Senior Leaving Certificate Examination (including Day School Certificate (Higher) General paper), 1949
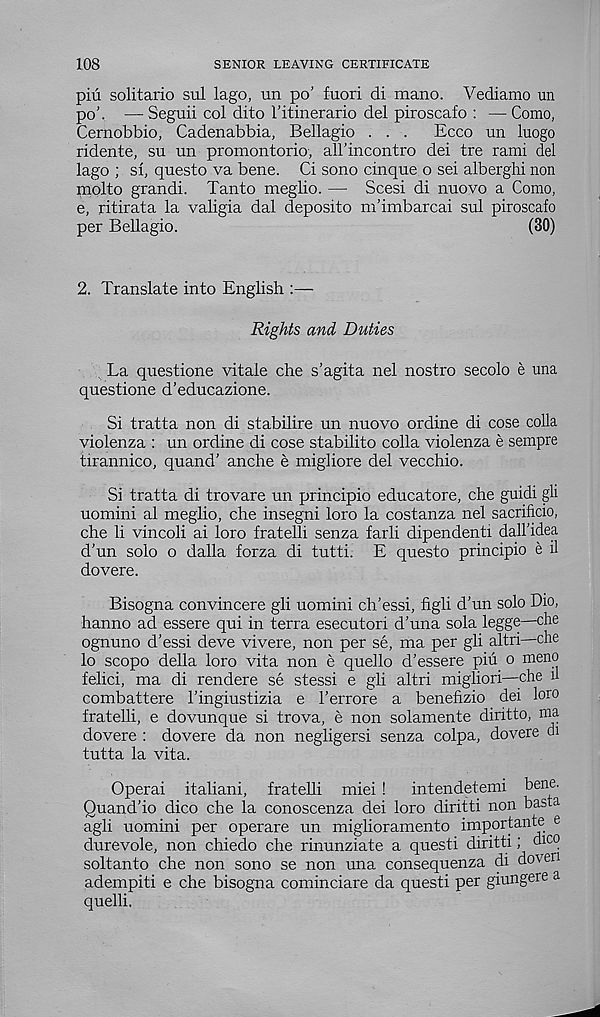
108
SENIOR LEAVING CERTIFICATE
piu solitario sul lago, un po’ fuori di mano. Vediamo un
po\ — Seguii col dito 1’itinerario del piroscafo : — Como,
Cernobbio, Cadenabbia, Bellagio . . .
Ecco un luogo
ridente, su un promontorio, all’incontro del tre rami del
lago ; si, questo va bene. Ci sono cinque o sei alberghi non
molto grandi. Tanto meglio. — Scesi di nuovo a Como,
e, ritirata la valigia dal deposito m’imbarcai sul piroscafo
per Bellagio.
(30)
2. Translate into English :—
Rights and Duties
. La questione vitale che s’agita nel nostro secolo e una
questione d’educazione.
Si tratta non di stabilire un nuovo ordine di cose colla
violenza : un ordine di cose stabilito colla violenza e sempre
tirannico, quand' anche e migliore del vecchio.
Si tratta di trovare un principio educatore, che guidi gli
uomini al meglio, che insegni loro la costanza nel sacrificio,
che li vincoli ai loro fratelli senza farli dipendenti da-ll’idea
d’un solo o dalla forza di tutti. E questo principio e il
dovere.
Bisogna convincere gli uomini ch’essi, figli d’un solo Dio,
hanno ad essere qui in terra esecutori d’una sola legge—die
ognuno d’essi deve vivere, non per se, ma per gli altri—che
lo scopo della loro vita non e quello d’essere piu o meno
felici, ma di rendere se stessi e gli altri migliori—che u
combattere Fingiustizia e 1’errore a benefizio dei loio
fratelli, e dovunque si trova, e non solamente diritto, ma
dovere : dovere da non negligersi senza colpa, dovere di
tutta la vita.
Operai italiani, fratelli miei !
intendetemi bene.
Quand’io dico che la conoscenza dei loro diritti non basta
agli uomini per operare un miglioramento importante e
durevole, non chiedo che rinunziate a questi diritti; dico
soltanto che non sono se non una consequenza di doveii
adempiti e che bisogna cominciare da questi per giungere a
quelli.